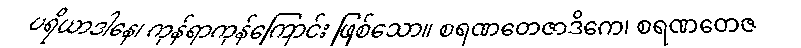
ပရိယာဒါနေ၊ ကုန်ရာကုန်ကြောင်း ဖြစ်သော။ စရဏတေဇာဒိကေ၊ စရဏတေဇ